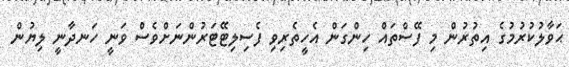
ޙަވާލުކުރުމުގެ އިތުރުން މި ފޭސްތައް ހިންގަން އެހީތެރިވި ފެސިލިޓޭޓަރުންނަށްވެސް ވަނީ ހަނދާނީ ލިޔުން